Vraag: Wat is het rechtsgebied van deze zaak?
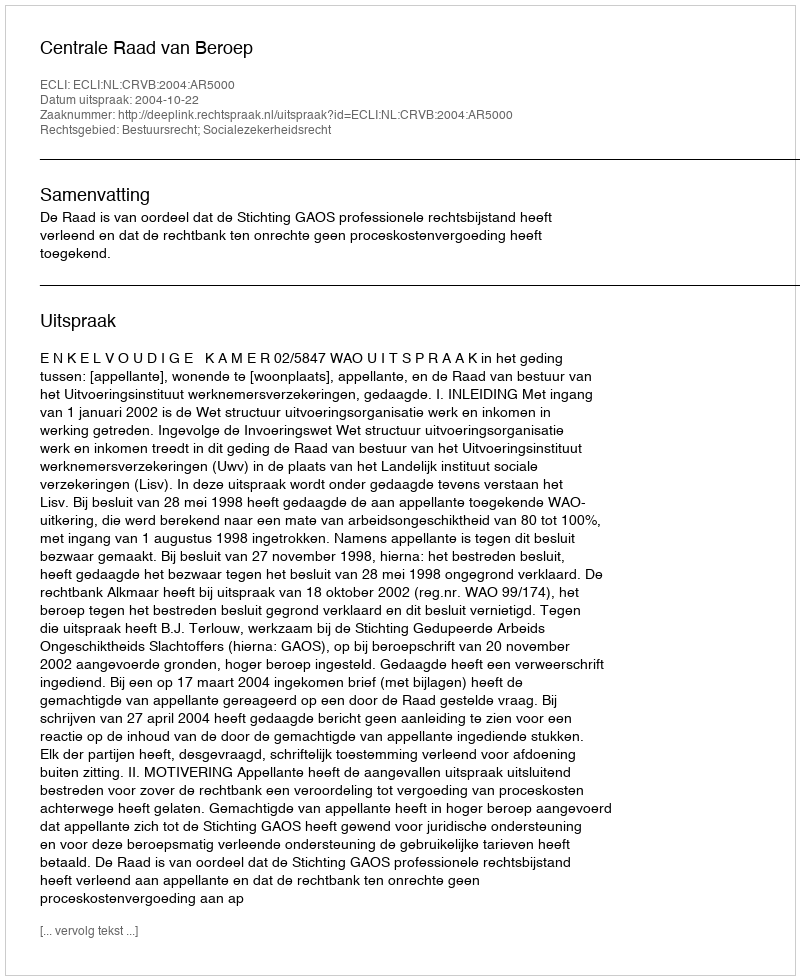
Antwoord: Bestuursrecht; Socialezekerheidsrecht